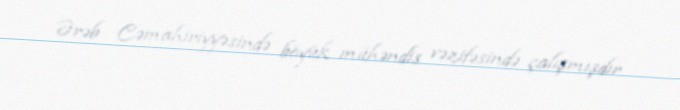
Ərəb Cəmahiriyyəsində böyük mühəndis vəzifəsində çalışmışdır.